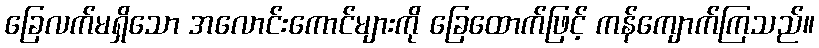
ခြေလက်မရှိသော အလောင်းကောင်များကို ခြေထောက်ဖြင့် ကန်ကျောက်ကြသည်။